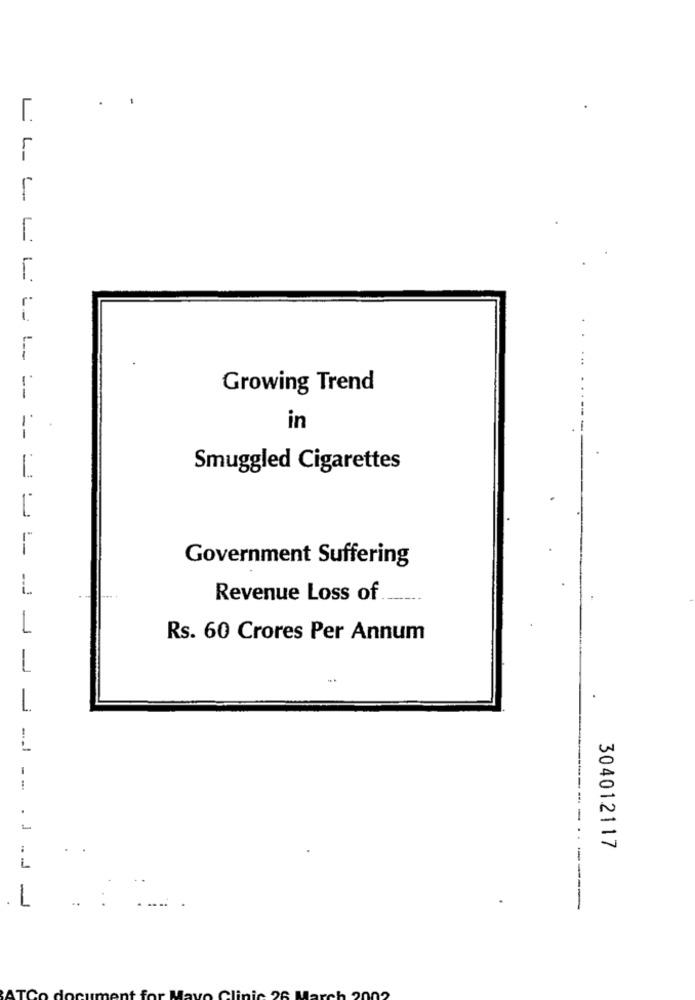
. .
L-
L_
Growing Trend
in
Smuggled Cigarettes
Government Suffering
L
Revenue Loss of
Rs. 60 Crores Per Annum
-
--
--- -
:
.
304012117
1
. . . . J
. L
..
:
----
..
...
AT